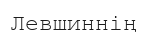
Левшиннің